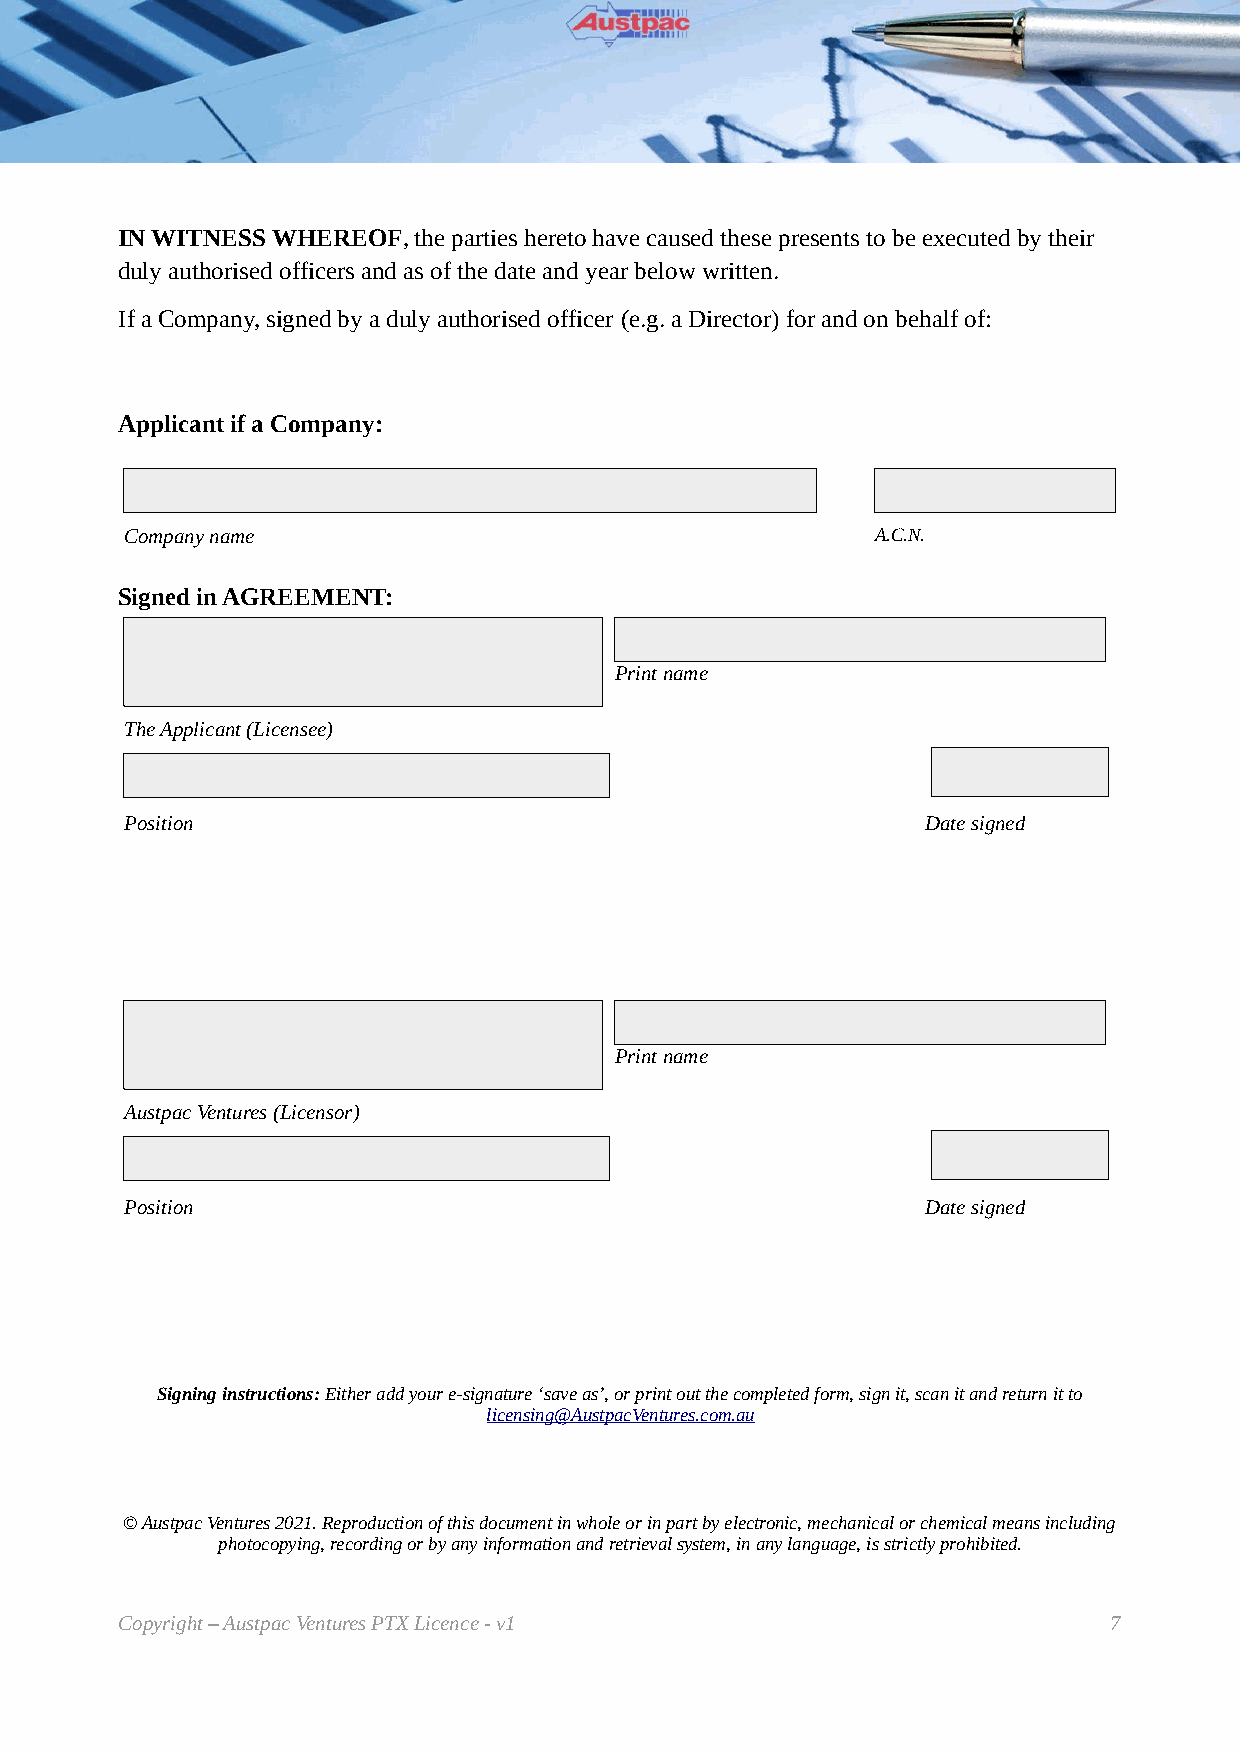
IN WITNESS WHEREOF, the parties hereto have caused these presents to be executed by their
 duly authorised officers and as of the date and year below written.
 If a Company, signed by a duly authorised officer (e.g. a Director) for and on behalf of:
 Applicant if a Company:
 Company name                                      A.C.N.
 Signed in AGREEMENT:
 Print name
 The Applicant (Licensee)
 Position                                             Date signed
 Print name
 Austpac Ventures (Licensor)
 Position                                             Date signed
 Signing instructions: Either add your e-signature ‘save as’, or print out the completed form, sign it, scan it and return it to
 licensing@AustpacVentures.com.au
 © Austpac Ventures 2021. Reproduction of this document in whole or in part by electronic, mechanical or chemical means including
 photocopying, recording or by any information and retrieval system, in any language, is strictly prohibited.
 Copyright – Austpac Ventures PTX Licence - v1                    7